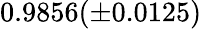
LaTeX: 0.9856(\pm 0.0125)